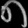
Digit: ၈